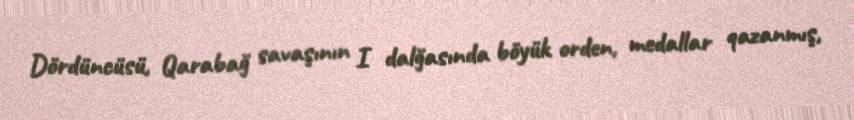
Dördüncüsü, Qarabağ savaşının I dalğasında böyük orden, medallar qazanmış,